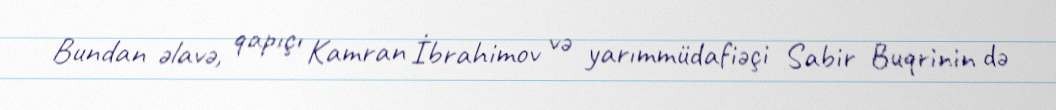
Bundan əlavə, qapıçı Kamran İbrahimov və yarımmüdafiəçi Sabir Buqrinin də